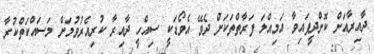
ދާއިރާއަށް ކޮށްދީފައިވާ އަމިއްލަ ފަރާތްތަކަށް ދެވޭ އެވޯޑަކީ ސިއްހީ ދާއިރާ ކުރިއެރުވުމަށް މަސައްކަތްކުރާ